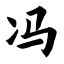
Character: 冯